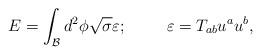
LaTeX: \begin{align*}E=\int_{\mathcal{B}}d^2\phi \sqrt{\sigma }\varepsilon;\hspace{1cm} \varepsilon=T_{ab}u^au^b, \end{align*}